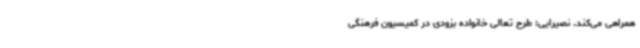
همراهی می‌کند. نصیرایی: طرح تعالی خانواده بزودی در کمیسیون فرهنگی